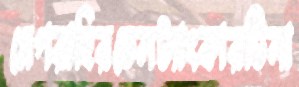
মেগরাহিরতেলট্যাংকারটিনা